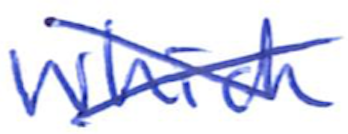
Text: which
Cross-out: cross
Writing tool: ballpoint